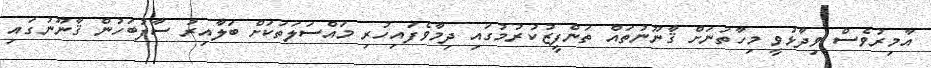
އާމިރުވެސް ވިދާޅުވީ މިހާތަނަށް ޤާނޫނުތައް ތަންފީޒުކުރުމުގައި ދިމާވެފައިހުރި މައްސަލަތަކަށް ބަލާއިރު ސާފުބަހުން ޤާނޫނުގައި